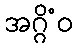
အဂ္ဂိံဝ